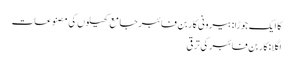
کا ایک جوڑا:بیرونی کاربن فائبر جامع کھیلوں کی مصنوعات
اگلا:کاربن فائبر کی ترقی